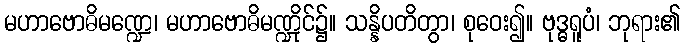
မဟာဗောဓိမဏ္ဍေ၊ မဟာဗောဓိမဏ္ဍိုင်၌။ သန္နိပတိတွာ၊ စုဝေး၍။ ဗုဒ္ဓရူပံ၊ ဘုရား၏